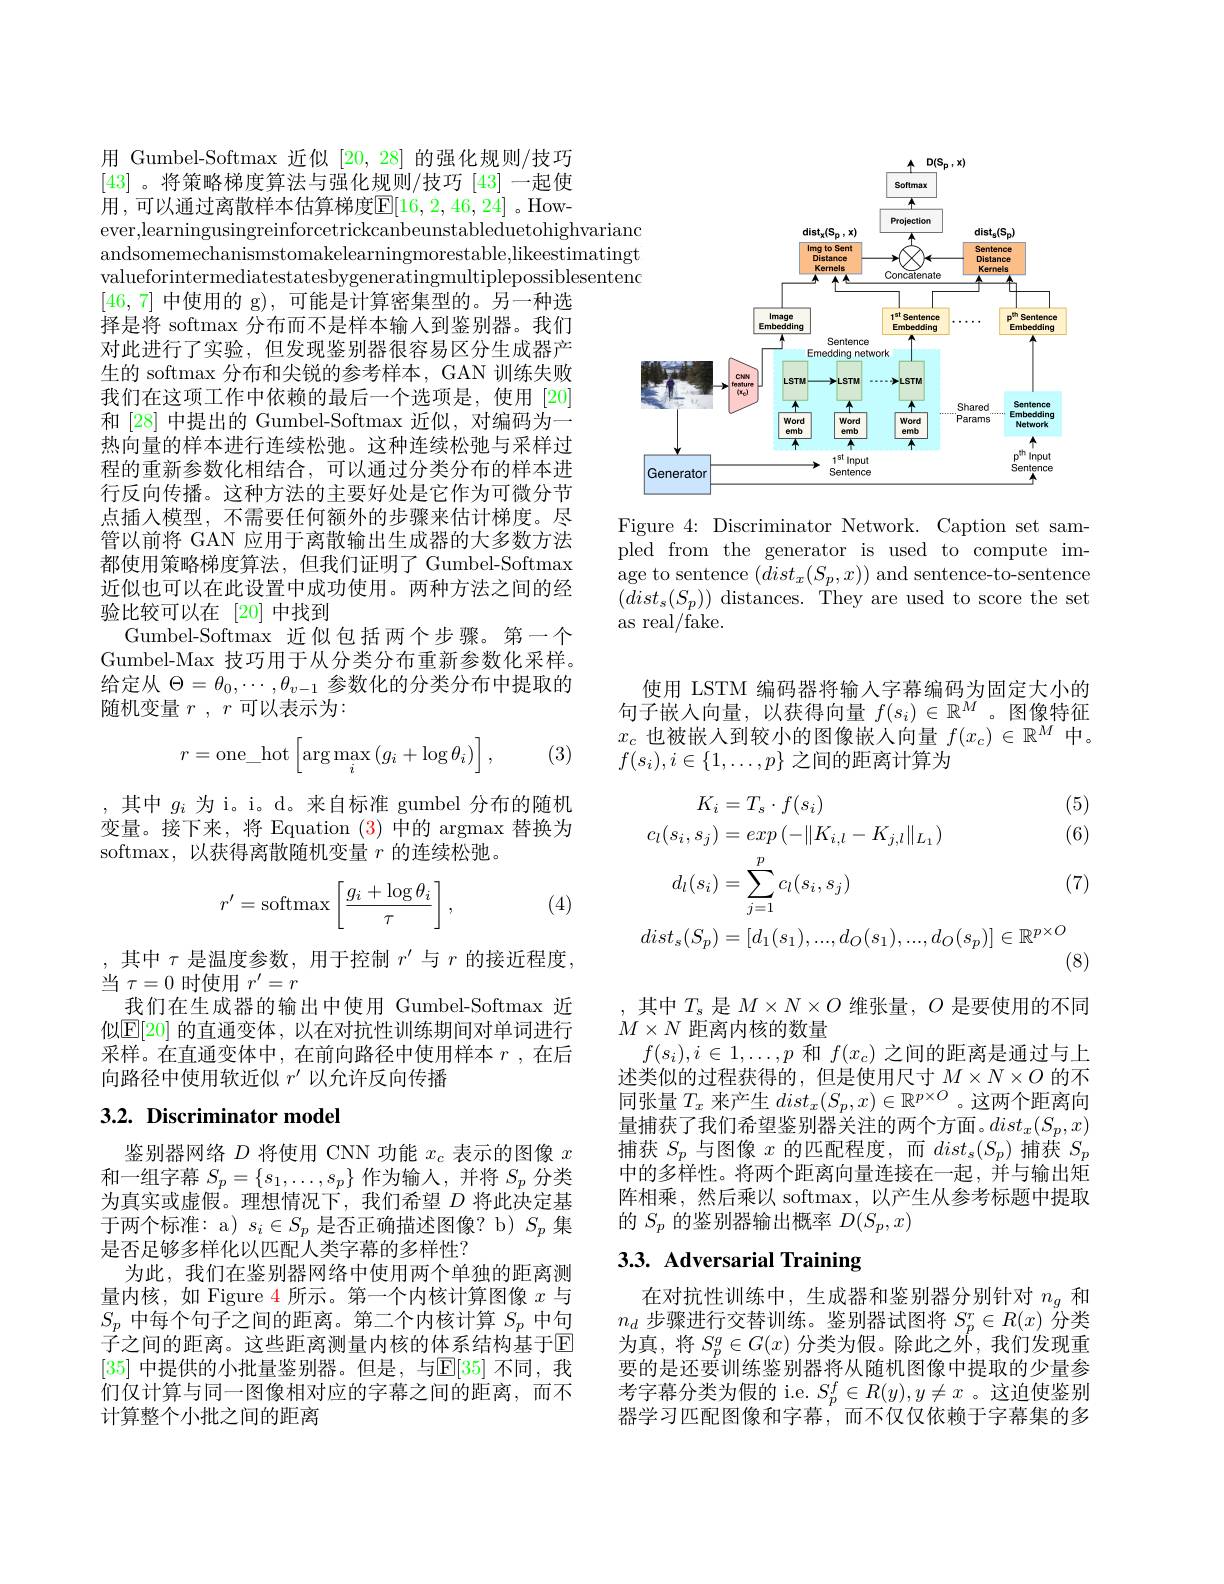
用 Gumbel-Softmax 近似[20,28]的强化规则/技巧[43]。将策略梯度算法与强化规则/技巧[43]一起使用 , 可以通过离散样本估算梯度$\mathbb{E}[16,2,46,24]$ 。However,learningusingreinforcetrickcanbeunstableduetohighvarianc andsomemechanismstomakelearningmorestable,likeestimatingt valueforintermediatestatesbygeneratingmultiplepossiblesentenc [46,7]中使用的 g),可能是计算密集型的。另一种选择是将 softmax 分布而不是样本输入到鉴别器。我们对此进行了实验，但发现鉴别器很容易区分生成器产生的 softmax 分布和尖锐的参考样本，GAN 训练失败我们在这项工作中依赖的最后一个选项是，使用[20] 和[28]中提出的 Gumbel-Softmax 近似，对编码为一热向量的样本进行连续松弛。这种连续松弛与采样过程的重新参数化相结合，可以通过分类分布的样本进行反向传播。这种方法的主要好处是它作为可微分节点插入模型，不需要任何额外的步骤来估计梯度。尽管以前将 GAN 应用于离散输出生成器的大多数方法都使用策略梯度算法，但我们证明了 Gumbel-Softmax 近似也可以在此设置中成功使用。两种方法之间的经验比较可以在[20]中找到
Gumbel-Softmax 近似包括两个步骤。第一个Gumbel-Max 技巧用于从分类分布重新参数化采样。给定从$\Theta=\theta_0,\cdots,\theta_{v-1}$参数化的分类分布中提取的随机变量$r,r$可以表示为：
$$r=\text{one}_\text{hot}\left[\arg\max_i\left(g_i+\log\theta_i\right)\right],$$
(3)

,其中$g_i$为 i。i。d。来自标准 gumbel 分布的随机变量。接下来，将 Equation (3)中的 argmax 替换为softmax, 以获得离散随机变量$r$的连续松弛。
$$r'=\mathrm{softmax}\left[\frac{g_i+\log\theta_i}{\tau}\right],$$
(4)

,其中$\tau$是温度参数，用于控制$r^\prime$与$r$的接近程度，
当$\tau=0$时使用$r^\prime=r$
我们在生成器的输出中使用 Gumbel-Softmax 近似$\mathbb{E}[20]$ 的直通变体，以在对抗性训练期间对单词进行采样。在直通变体中，在前向路径中使用样本$r$ ,在后向路径中使用软近似$r^\prime$以允许反向传播

## $3. 2. \textbf{ Discriminator model}$

鉴别器网络$D$将使用 CNN 功能$x_c$表示的图像$x$ 和一组字幕$S_p=\{s_1,\ldots,s_p\}$作为输人，并将$S_p$分类为真实或虚假。理想情况下，我们希望$D$将此决定基于两个标准：a) $s_i\in S_p$是否正确描述图像？b) $S_p$集是否足够多样化以匹配人类字幕的多样性？
为此，我们在鉴别器网络中使用两个单独的距离测量内核，如 Figure 4 所示。第一个内核计算图像$x$与$S_p$中每个句子之间的距离。第二个内核计算$S_p$中句子之间的距离。这些距离测量内核的体系结构基于$\overline{\mathbb{E}}$ [35] 中提供的小批量鉴别器。但是，与$\mathbb{E}[35]$ 不同，我们仅计算与同一图像相对应的字幕之间的距离，而不计算整个小批之间的距离

<FigureHere>

Figure 4: Discriminator Network. Caption set sampled from the generator is used to compute image to sentence $(dist_x(S_p,x))$ and sentence-to-sentence $(dist_{s}(S_{p}))$ distances. They are used to score the set as real/fake.

使用 LSTM 编码器将输入字幕编码为固定大小的句子嵌入向量，以获得向量$f(s_i)\in\mathbb{R}^M$。图像特征$x_c$也被嵌入到较小的图像嵌人向量$f(x_c)\in\mathbb{R}^M$中。$f(s_i),i\in\{1,\ldots,p\}$之间的距离计算为
$$\begin{aligned}K_{i}&=T_{s}\cdot f(s_{i})&\text{(5)}\\c_{l}(s_{i},s_{j})&=exp\left(-\|K_{i,l}-K_{j,l}\|_{L_{1}}\right)&\text{(6)}\\d_{l}(s_{i})&=\sum_{j=1}^{p}c_{l}(s_{i},s_{j})&\text{(7)}\\dist_{s}(S_{p})&=[d_{1}(s_{1}),...,d_{O}(s_{1}),...,d_{O}(s_{p})]\in\mathbb{R}^{p\times O}\\&\text{(8)}\end{aligned}$$
,其中$T_s$是$M\times N\times O$维张量，$O$是要使用的不同
$M\times N$距离内核的数量
$f(s_i),i\in1,\ldots,p$和$f(x_c)$之间的距离是通过与上述类似的过程获得的，但是使用尺寸$M\times N\times O$的不同张量$T_x$ 来产生 $dist_x(S_p,x)\in\mathbb{R}^{p\times O}$。这两个距离向量捕获了我们希望鉴别器关注的两个方面。$dist_x(S_p,x)$ 捕获$S_p$与图像$x$的匹配程度，而$dist_s(S_p)$捕获$S_p$ 中的多样性。将两个距离向量连接在一起，并与输出矩阵相乘，然后乘以 softmax, 以产生从参考标题中提取的$S_p$的鉴别器输出概率$D(S_p,x)$

# 3.3. Adversarial Training

在对抗性训练中，生成器和鉴别器分别针对$n_g$和$n_d$步骤进行交替训练。鉴别器试图将$S_p^r\in R(x)$分类为真，将$S_p^g\in G(x)$分类为假。除此之外，我们发现重要的是还要训练鉴别器将从随机图像中提取的少量参考字幕分类为假的 i.e. $S_p^f\in R(y),y\neq x$ 。这迫使鉴别器学习匹配图像和字幕，而不仅仅依赖于字幕集的多